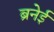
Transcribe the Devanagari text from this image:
ब्रनेई